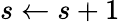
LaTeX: s\gets s+1